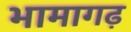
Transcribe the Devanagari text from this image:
भामागढ़